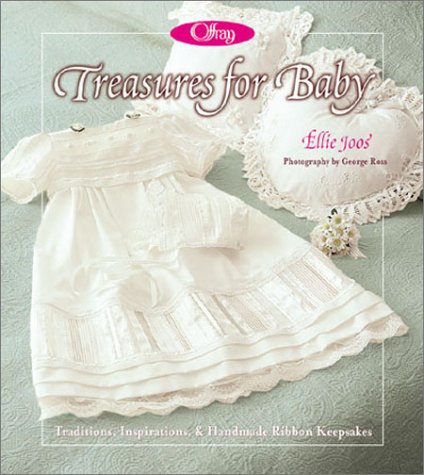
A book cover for Offray: Treasures for Baby: Traditions, Inspirations, & Handmade Ribbon Keepsakes; Joos; Crafts, Hobbies & Home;